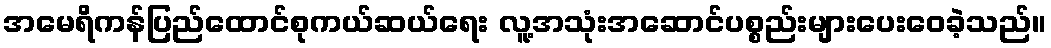
အမေရိကန်ပြည်ထောင်စုကယ်ဆယ်ရေး လူ့အသုံးအဆောင်ပစ္စည်းများပေးဝေခဲ့သည်။